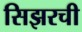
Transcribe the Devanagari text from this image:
सिझरची